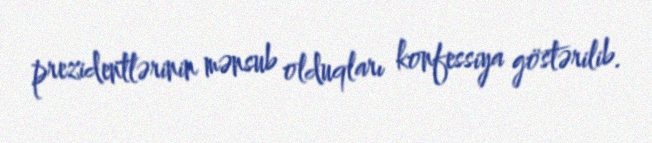
prezidentlərinin mənsub olduqları konfessiya göstərilib.